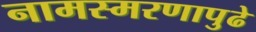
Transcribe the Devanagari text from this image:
नामस्मरणापुढे